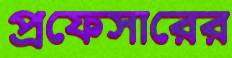
প্রফেসারের